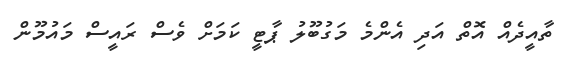
ތާއީދެއް އޮތް އަދި އެންމެ މަގުބޫލު ޕާޓީ ކަމަށް ވެސް ރައީސް މައުމޫން